Source: Handwritten
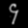
Digit: ၄ (4)